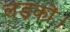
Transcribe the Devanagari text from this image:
लड़कों।